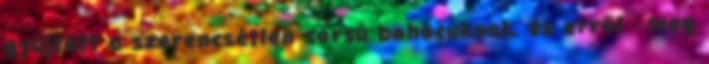
gyűjtött a szerencsétlen sorsú bohócuknak, és erről - meg